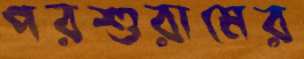
পরশুরামের